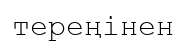
тереңінен